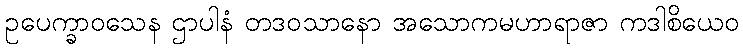
ဥပေက္ခာဝသေန ဌာပါနံ တဒဝသာနော အသောကမဟာရာဇာ ကဒါစိယေဝ